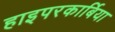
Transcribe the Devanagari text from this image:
हाइपरकार्बिया